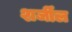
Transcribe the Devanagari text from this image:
शर्जील